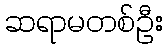
ဆရာမတစ်ဦး